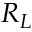
R _ { L }